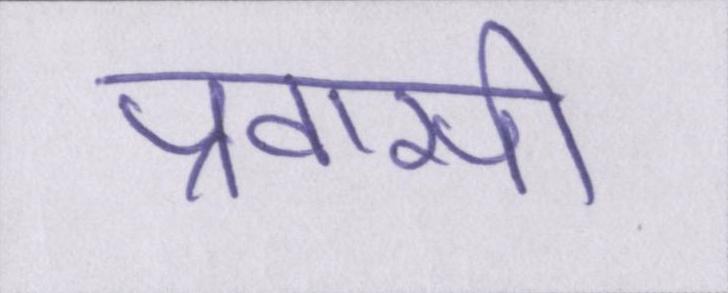
प्रवासी